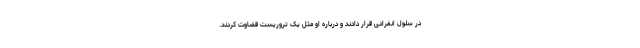
در سلول انفرادی قرار دادند و درباره او مثل یک تروریست قضاوت کردند.